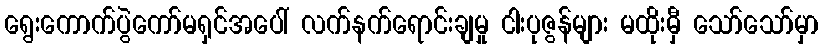
ရွေးကောက်ပွဲကော်မရှင်အပေါ် လက်နက်ရောင်းချမှု ငါးပုဇွန်များ မထိုးမှီ သော်သော်မှာ